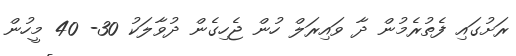
ރަށުގައި ފެތުރެމުން ދާ ވައިރަލް ހުން ޖެހިގެން ދުވާލަކު 30- 40 މީހުން